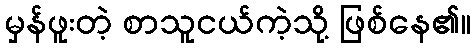
မှန်ဖူးတဲ့ စာသူငယ်ကဲ့သို့ ဖြစ်နေ၏။